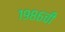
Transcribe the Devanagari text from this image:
१९८६ची